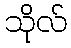
သိုလ်